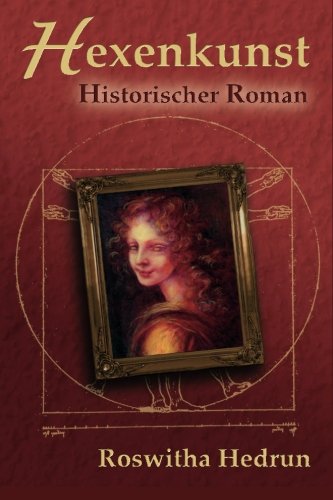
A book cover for Hexenkunst: Historischer Roman (German Edition); Roswitha Hedrun; Literature & Fiction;